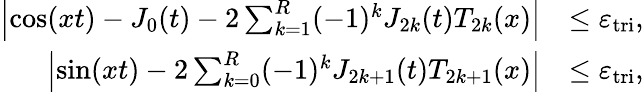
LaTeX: \begin{array}{rl}{\left|\cos(xt)-J_{0}(t)-2\sum_{k=1}^{R}(-1)^{k}J_{2k}(t)T_{2k}(x)\right|}&{\leq\varepsilon_{\mathrm{tri}},}\\ {\left|\sin(xt)-2\sum_{k=0}^{R}(-1)^{k}J_{2k+1}(t)T_{2k+1}(x)\right|}&{\leq\varepsilon_{\mathrm{tri}},}\end{array}